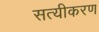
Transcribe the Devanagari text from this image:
सत्यीकरण